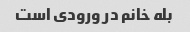
بله خانم در ورودی است